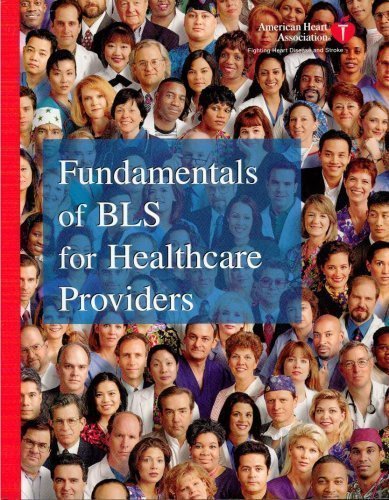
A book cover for Fundamentals of BLS for Healthcare Providers; American Heart Association; Health, Fitness & Dieting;